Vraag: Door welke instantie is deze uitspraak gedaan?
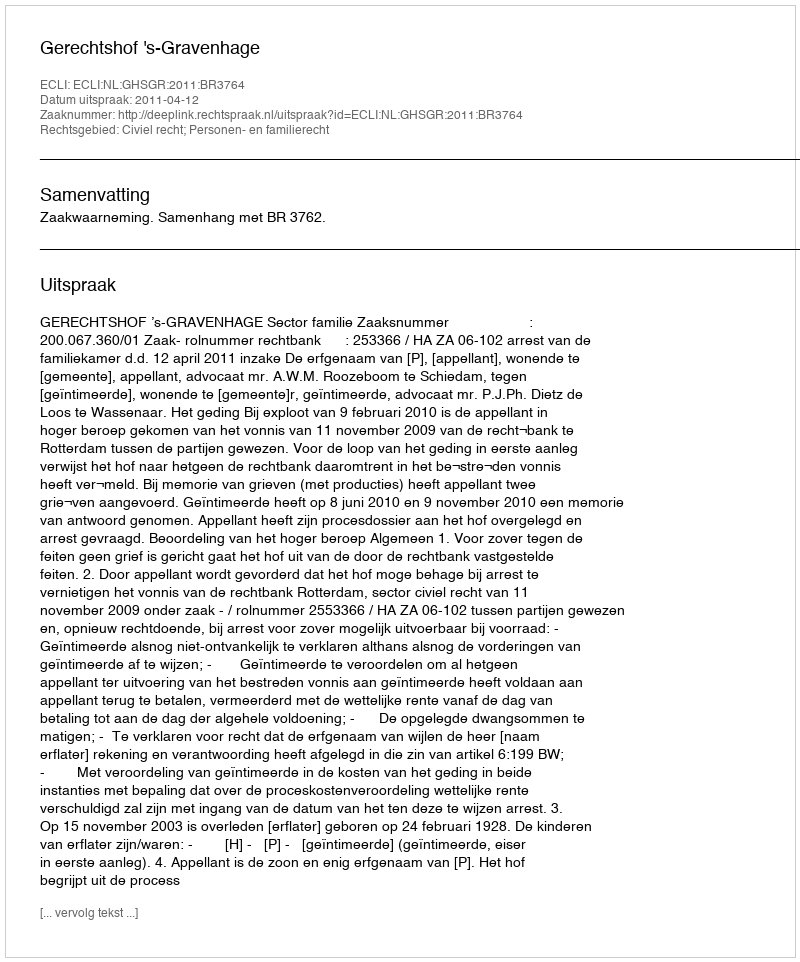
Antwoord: Gerechtshof 's-Gravenhage